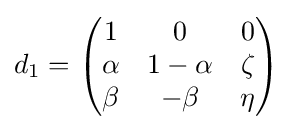
d_{1}={\begin{pmatrix}1&0&0\\\alpha &1-\alpha &\zeta \\\beta &-\beta &\eta \end{pmatrix}}